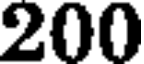
200